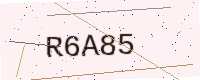
Text: R6A85